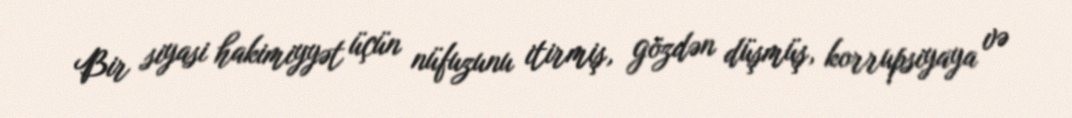
Bir siyasi hakimiyyət üçün nüfuzunu itirmiş, gözdən düşmüş, korrupsiyaya və